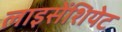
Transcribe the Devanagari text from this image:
लाइसेंशियेट